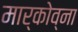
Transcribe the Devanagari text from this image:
मार्कोव्ना